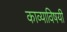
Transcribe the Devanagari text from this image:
काव्याविषयी